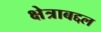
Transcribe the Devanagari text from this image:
क्षेत्राबद्दल